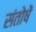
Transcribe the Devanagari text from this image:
संतोषें